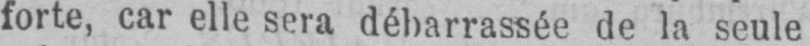
forte, car elle sera débarrassée de la seule